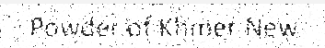
Powder of Khmer New